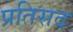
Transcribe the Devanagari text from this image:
प्रतिसद